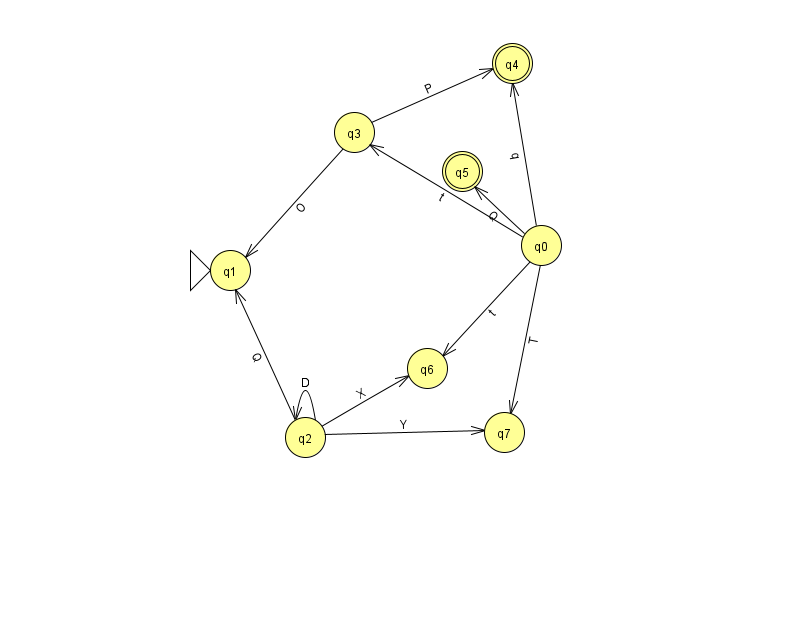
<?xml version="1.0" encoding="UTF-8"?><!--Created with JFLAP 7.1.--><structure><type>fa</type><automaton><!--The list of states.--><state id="0" name="q0"><x>541.0</x><y>232.0</y></state><state id="1" name="q1"><x>230.0</x><y>257.0</y><initial/></state><state id="2" name="q2"><x>305.0</x><y>424.0</y></state><state id="3" name="q3"><x>354.0</x><y>119.0</y></state><state id="4" name="q4"><x>512.0</x><y>50.0</y><final/></state><state id="5" name="q5"><x>462.0</x><y>158.0</y><final/></state><state id="6" name="q6"><x>427.0</x><y>355.0</y></state><state id="7" name="q7"><x>504.0</x><y>419.0</y></state><!--The list of transitions.--><transition><from>0</from><to>7</to><read>T</read></transition><transition><from>2</from><to>6</to><read>X</read></transition><transition><from>2</from><to>2</to><read>D</read></transition><transition><from>3</from><to>1</to><read>O</read></transition><transition><from>0</from><to>3</to><read>t</read></transition><transition><from>0</from><to>4</to><read>q</read></transition><transition><from>2</from><to>1</to><read>Q</read></transition><transition><from>3</from><to>4</to><read>P</read></transition><transition><from>0</from><to>5</to><read>Q</read></transition><transition><from>0</from><to>6</to><read>t</read></transition><transition><from>2</from><to>7</to><read>Y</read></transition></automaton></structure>